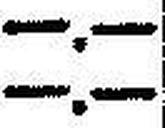
—.—